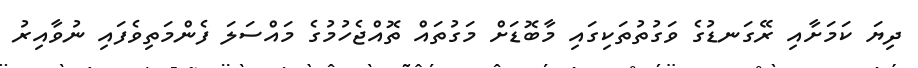
ދިޔަ ކަމަށާއި ރޭގަނޑުގެ ވަގުތުތަކިގައި މާބޮޑަށް މަގުތައް ތޮއްޖެހުމުގެ މައްސަލަ ފެންމަތިވެފައި ނުވާއިރު